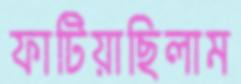
ফাটিয়াছিলাম